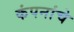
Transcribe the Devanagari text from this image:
कंपनांचे